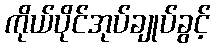
ကိုယ်ပိုင်အုပ်ချုပ်ခွင့်